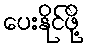
ပေးနိုင်ဖို့